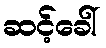
ဆင့်ခေါ်